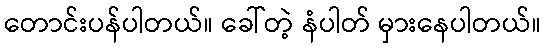
တောင်းပန်ပါတယ်။ ခေါ်တဲ့ နံပါတ် မှားနေပါတယ်။